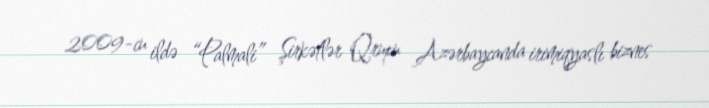
2009-cu ildə “Palmali” Şirkətlər Qrupu Azərbaycanda irimiqyaslı biznes